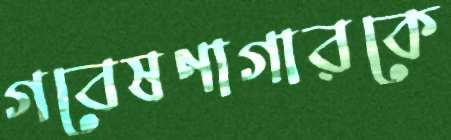
গবেষণাগারকে